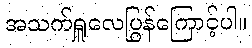
အသက်ရှူလေပြွန်ကြောင့်ပါ။